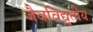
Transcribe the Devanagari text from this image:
जैवविद्युतीय